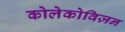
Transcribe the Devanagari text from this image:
कोलेकोविज़न